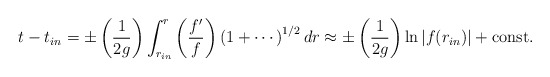
\begin{align*}t - t_{in} = \pm\left({1\over 2g}\right)\int_{r_{in}}^r\left({f'\over f}\right) \left(1+\cdots\right)^{1/2}dr\approx\pm \left({1\over 2g}\right)\ln |f(r_{in})|+{\rm const.}\end{align*}